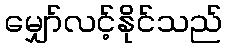
မျှော်လင့်နိုင်သည်